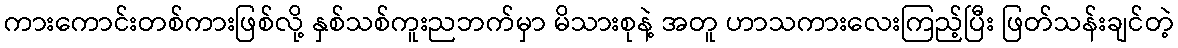
ကားကောင်းတစ်ကားဖြစ်လို့ နှစ်သစ်ကူးညဘက်မှာ မိသားစုနဲ့ အတူ ဟာသကားလေးကြည့်ပြီး ဖြတ်သန်းချင်တဲ့